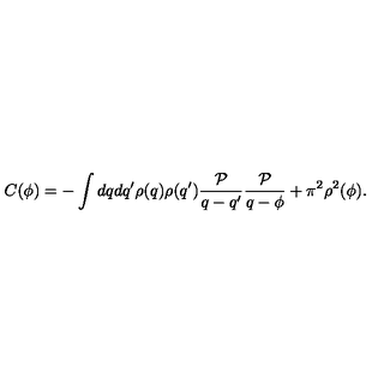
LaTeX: C ( \phi ) = - \int d q d q ^ { \prime } \rho ( q ) \rho ( q ^ { \prime } ) \frac { { \cal P } } { q - q ^ { \prime } } \frac { { \cal P } } { q - \phi } + \pi ^ { 2 } \rho ^ { 2 } ( \phi ) .